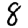
Digit: 8